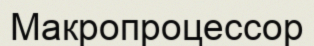
Макропроцессор